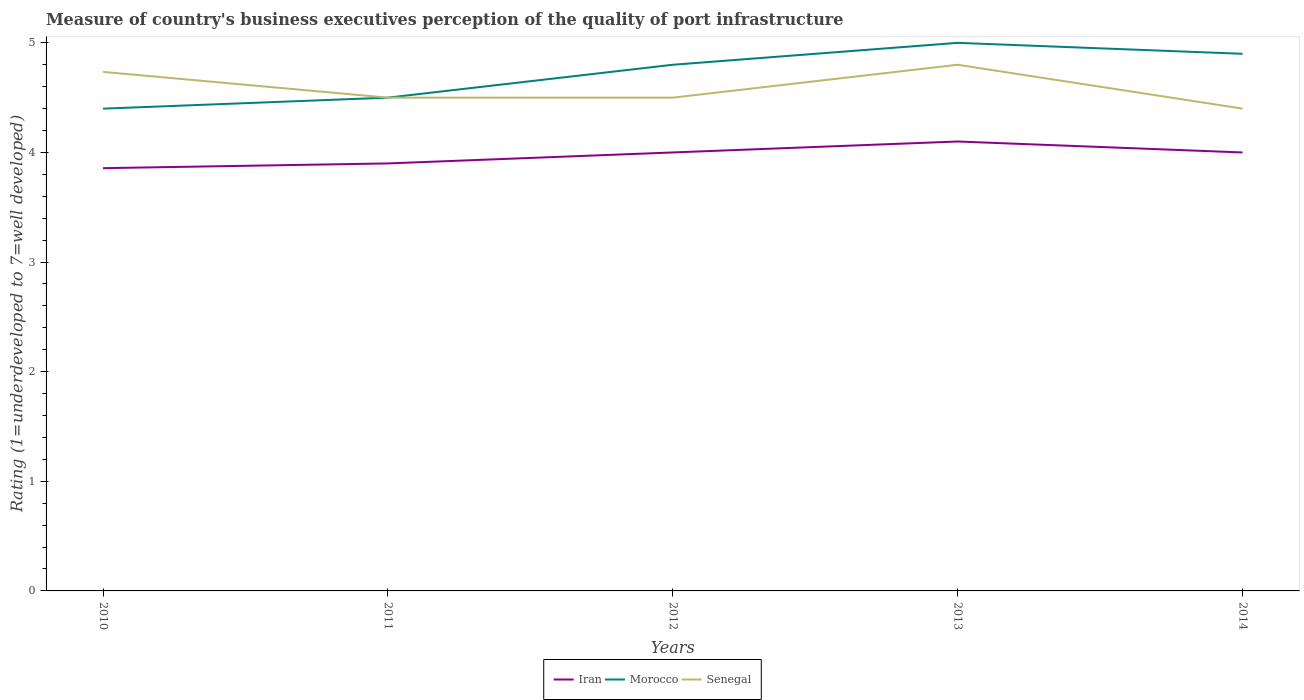
| Years | Iran | Morocco | Senegal |
 | --- | --- | --- | --- |
 | 2010 | 3.86 | 4.4 | 4.74 |
 | 2011 | 3.9 | 4.5 | 4.5 |
 | 2012 | 4 | 4.8 | 4.5 |
 | 2013 | 4.1 | 5 | 4.8 |
 | 2014 | 4 | 4.9 | 4.4 |